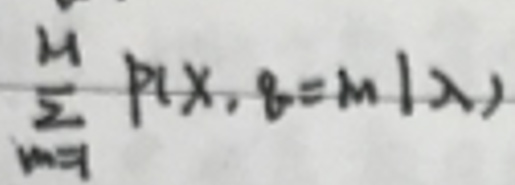
\(\sum _ { m = 1 } ^ { n } P ( X , q = m \vert \lambda )\)